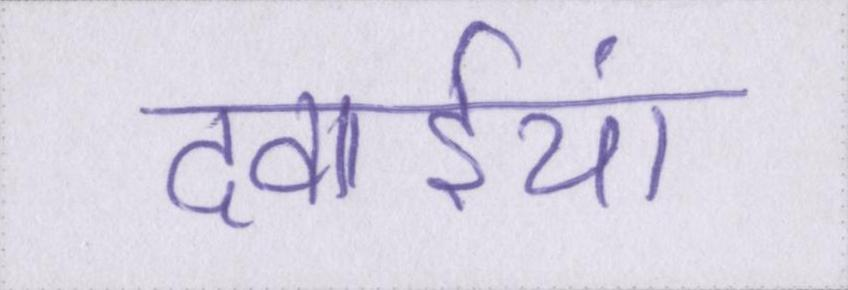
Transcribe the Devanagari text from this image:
दवाईयां